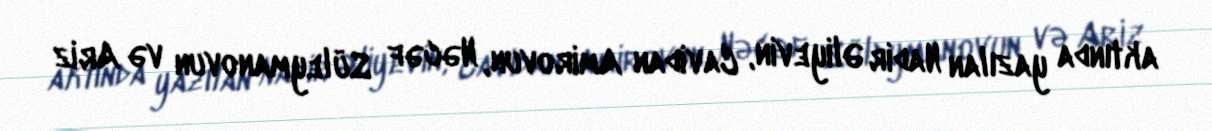
aktında yazılan Nadir Əliyevin, Cavidan Amirovun, Nəcəf Süleymanovun və Ariz